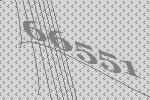
66551